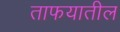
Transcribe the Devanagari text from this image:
ताफयातील